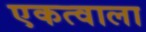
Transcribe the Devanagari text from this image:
एकत्वाला